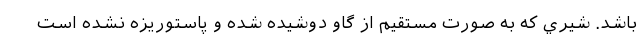
باشد. شيري كه به صورت مستقيم از گاو دوشيده شده و پاستوريزه نشده است